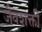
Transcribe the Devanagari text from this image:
जैवशक्ती